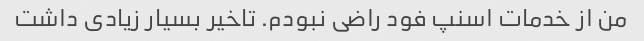
من از خدمات اسنپ فود راضی نبودم. تاخیر بسیار زیادی داشت